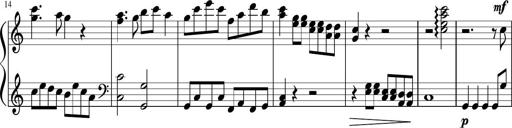
Title: Sonatine Nr.1 in C-Dur
Composer: DÃ©sirÃ©e Manns
Key: C major